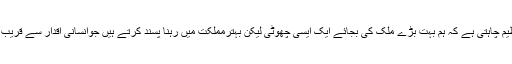
یہ تنظیم چاہتی ہے کہ ہم بہت بڑے ملک کی بجائے ایک ایسی چھوٹی لیکن بہترمملکت میں رہنا پسند کرتے ہیں جوانسانی اقدار سے قریب ترہو۔